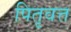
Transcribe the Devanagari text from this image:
पितृवत्त